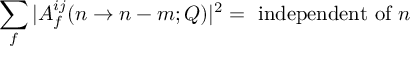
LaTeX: \sum _ { f } | A _ { f } ^ { i j } ( n \to n - m ; Q ) | ^ { 2 } = \mathrm { ~ i n d e p e n d e n t ~ o f ~ } n